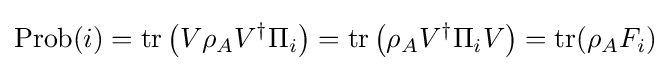
{\text{Prob}}(i)=\operatorname {tr} \left(V\rho _{A}V^{\dagger }\Pi _{i}\right)=\operatorname {tr} \left(\rho _{A}V^{\dagger }\Pi _{i}V\right)=\operatorname {tr} (\rho _{A}F_{i})